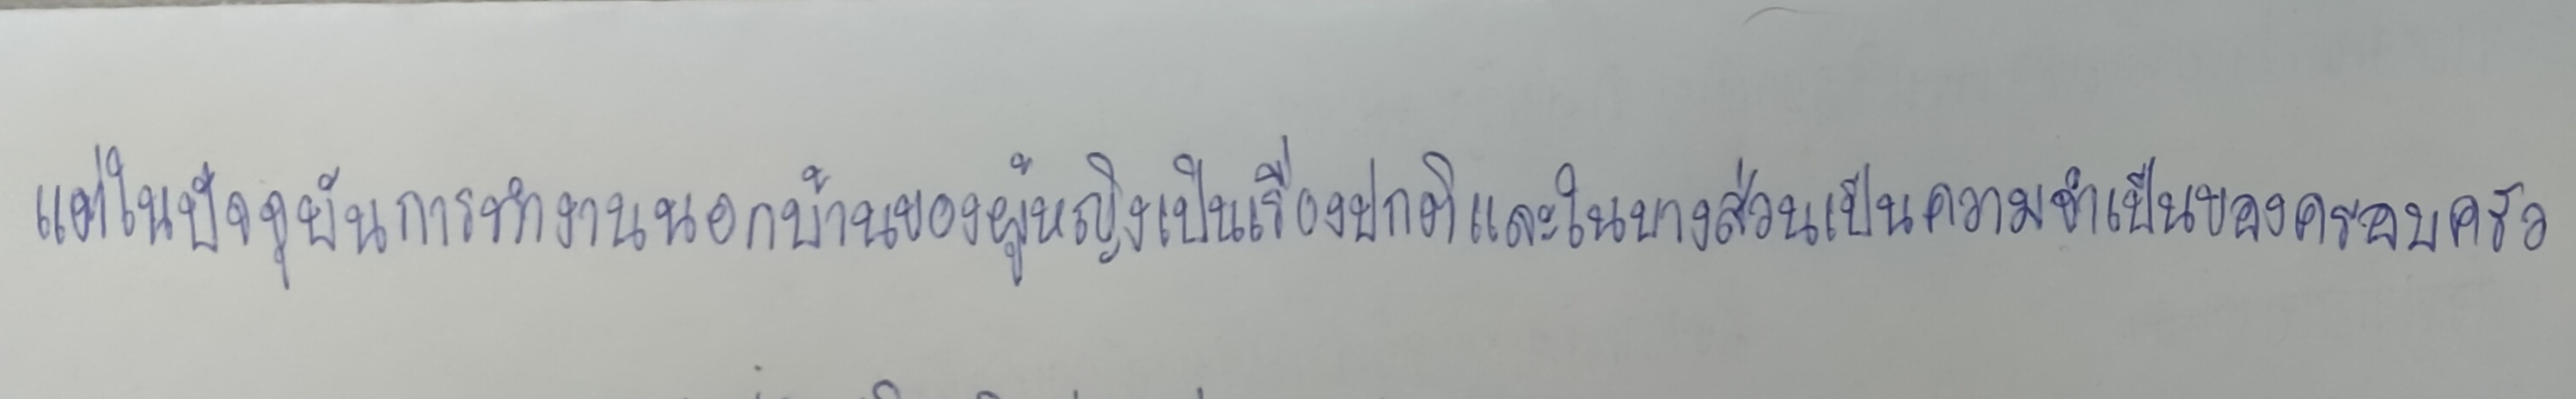
แต่ในปัจจุบันการทำงานนอกบ้านของผู้หญิงเป็นเรื่องปกติและในบางส่วนเป็นความจำเป็นของครอบครัว